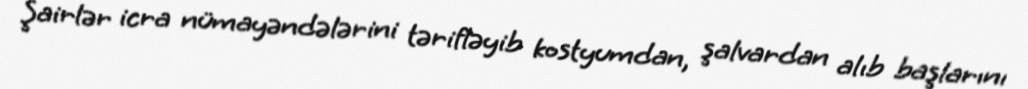
Şairlər icra nümayəndələrini tərifləyib kostyumdan, şalvardan alıb başlarını